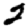
Digit: 2